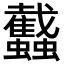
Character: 𧕾